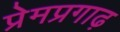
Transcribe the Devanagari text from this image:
प्रेमप्रगाढ़